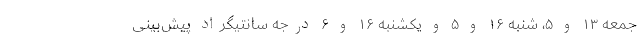
جمعه ۱۳ و ۵، شنبه ۱۶ و ۵ و یکشنبه ۱۶ و ۶ درجه سانتیگراد پیش‌بینی